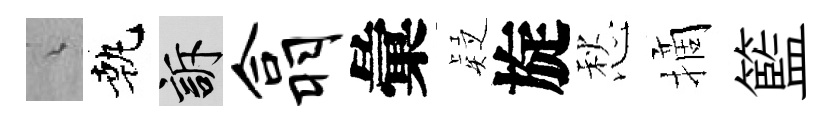
綿執訴翕彙疑旋愁摘籃